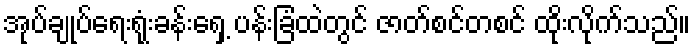
အုပ်ချုပ်ရေးရုံးခန်းရှေ့ ပန်းခြံထဲတွင် ဇာတ်စင်တစင် ထိုးလိုက်သည်။